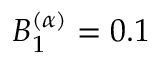
B _ { 1 } ^ { ( \alpha ) } = 0 . 1